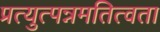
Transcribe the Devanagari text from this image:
प्रत्युत्पन्नमतित्वता